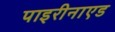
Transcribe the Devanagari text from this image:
पाइरीनाएड